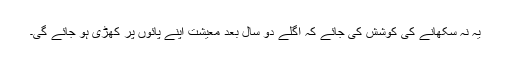
یہ نہ سکھانے کی کوشش کی جائے کہ اگلے دو سال بعد معیشت اپنے پائوں پر کھڑی ہو جائے گی۔